Annual report of the Punjab Veterinary College and of the Civil Veterinary Department, Punjab - 1926-1932
Year: 1926
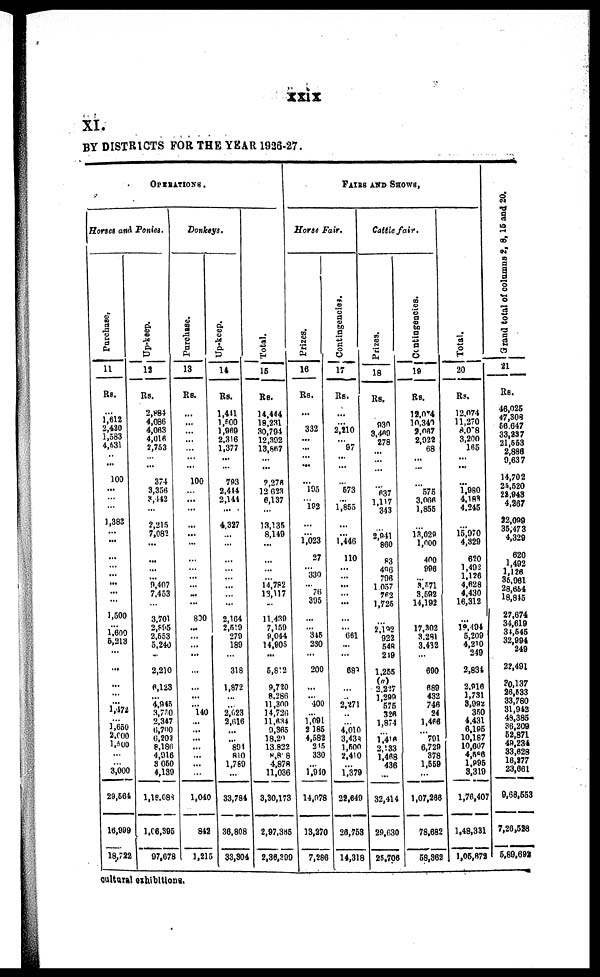
xxix
XI.
BY DISTRICTS FOR THE YEAR 1926-27.
OPERATIONS.
Horses and Ponies.
Purchase.
11
Rs.
...
1,612
2,420
1,583
4,531
...
...
100
...
...
...
1,383
...
...
...
...
...
...
...
...
1,500
... 1,600
5,213
...
...
...
...
...
1,472
...
1,650
2,000
1,500
...
... 3,000
29,601
16,999
18,725
Up-keep.
12
Rs.
2,884
4,086
4,063
4,016
2,753
...
...
374
3,358
3,442
...
2,215
2,082
...
...
...
...
9,407
7,453
...
3,701
2,595
2,553
5,240
...
2,210
6,123
...
4,945
3,750
2,347
6,700
6,202
9,196
4,916
3050 4,130
1,18,083
1,06,395
97,678
Donkeys.
Purchase.
13
Rs.
...
... ...
... ...
...
...
100
...
...
...
...
...
...
...
...
...
...
...
...
800
...
...
...
...
...
...
...
...
140
...
...
...
...
...
...
...
1,040
842
1,215
Up-keep.
14
Rs.
1,411
1,500
1,969
2,316
1,377
...
...
793
2,444
2,144
...
4,327
...
...
...
...
...
... ...
...
2,164
2,519
270
180
...
318
1,872
...
...
2,623
2,616
...
...
801
810
1,750
...
33,784
36,808
33,30
Total.
15
Rs.
14,444
18,231
30,794
12,302
13,887
...
...
2,276
12,623
6,137
...
13,135
8,149
...
...
...
...
14,782
13,117
...
11,439
7,159
9,044
14,905
...
5,812
9,720
8,286
11,300
14,726
11,634
9,365
1820
13,822
4,818
4,878
11,036
3,30,173
2,97,385
2,36,299
FAIRS AND SHOWS.
Horse Fair.
Prizes.
16
Rs.
...
... 332
... ...
...
...
...
195
...
192
...
...
1,023
27
...
330
...
76
395
...
... 345
230
...
200
...
...
400
...
1,091
2,185
4,582
315
330
... 1,940
14,078
13,270
7,286
Contingencies
17
Rs.
...
...
2,210
...
97
...
...
...
573
...
1,855
...
...
1,446
110
...
...
...
...
...
...
...
661
...
...
689
...
...
2,271
...
...
4,010
3,438
1,500
2,410
... 1,379
22,649
26,768
14,318
Cattle fair.
Prizes.
18
Rs.
930
3,409
278
...
...
...
...
837
1,117
343
...
2,011
569
88
496
796
1057
762
1,725
...
2,192
922
549
249
1,255
(a)
2,227
1,299
575
328
1,874
...
1,416
2,133
1,468
488
...
32,114
29,630
25,706
Contingencies.
19
Rs.
12,074
10,340
3,087
2,022
68
...
...
...
575
3,066
1,855
...
13,028
1,000
499
996
...
3,671
3,592
14,192
1,569
17,302
8,281
3,432
...
690
689
432
746
24
1,466
...
791
6,729
378
1,559
...
1,07,266
78,682
58,362
Tot al .
20
Rs.
12,074
11,270
3,078
3,200
165
...
...
...
1,980
4,188
4,245
...
15,970
4,329
620
1,402
1,126
4,628
4,430
16,312
...
19,494
5,209
4,210
249
2,834
2,916
1,731
3,092
350
4,431
6,195
10,187
10,607
4,588
1,995 3,319
1,76,407
1,48,331
1,05,672
Grand total of columns 2, 8, 15 and 20.
21
Rs.
46,025
47 308
56,847 33,337
21,653
2,886
9,637
14,702
23,620
22,848
4,967
38,473
38,473
4,329
1,492
1,126
1,133
25,081
28,684
18,845
27,674
34,619
31,545
32,994
249
22,491
80,137
26,733
88,786
31,948
48,385
36,209
52,871
49,234
33,628
16,377
23,661
9,63,553
7,26,638
6,80,693
cultural exhibitions.